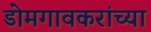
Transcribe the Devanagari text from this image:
डोमगावकरांच्या